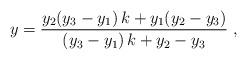
LaTeX: \begin{align*}y=\frac {y_2(y_3-y_1)\,k+y_1(y_2-y_3)}{(y_3-y_1)\,k+y_2-y_3}\ , \end{align*}